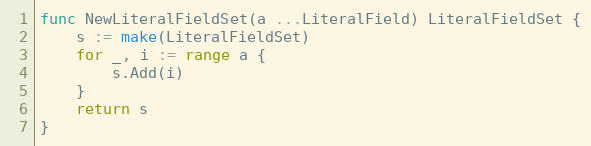
Language: Go
func NewLiteralFieldSet(a ...LiteralField) LiteralFieldSet {
	s := make(LiteralFieldSet)
	for _, i := range a {
		s.Add(i)
	}
	return s
}